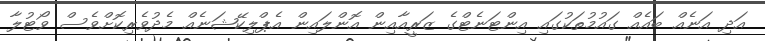
އަދި އަނެއް ބައެއް ގައުމުތަކުގައި އިންޓަނެޓްގެ ޒަރީއާއިން އޮންލައިން އެޕްލިކޭޝަނެއް މެދުވެރިކޮށްވެސް ވޯޓުލާ